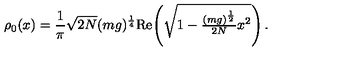
\rho _ { 0 } ( x ) = \frac { 1 } { \pi } \sqrt { 2 N } ( m g ) ^ { \frac { 1 } { 4 } } \mathrm { R e } \! \left( \sqrt { 1 - \textstyle { \frac { ( m g ) ^ { \frac { 1 } { 2 } } } { 2 N } } x ^ { 2 } } \right) .